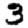
Digit: 3